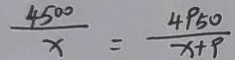
\frac { 4 5 0 0 } { x } = \frac { 4 9 5 0 } { x + 9 }